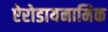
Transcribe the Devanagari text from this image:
ऐरोडायनामिक